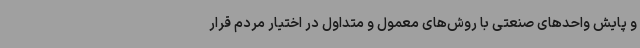
و پایش واحدهای صنعتی با روش‌های معمول و متداول در اختیار مردم قرار